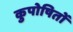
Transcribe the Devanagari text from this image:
कुपोषितों